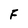
Character: F